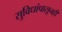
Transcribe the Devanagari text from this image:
सुविधांपासूनही